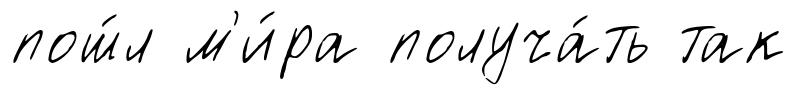
пош́л м'и́ра получа́ть так